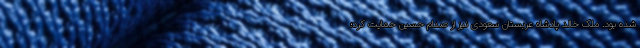
شده بود. ملک خالد پادشاه عربستان سعودی نیز از صدام حسین حمایت کرد؛